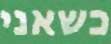
כשאני